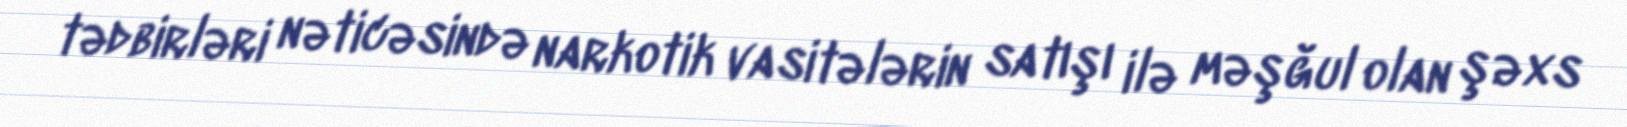
tədbirləri nəticəsində narkotik vasitələrin satışı ilə məşğul olan şəxs